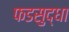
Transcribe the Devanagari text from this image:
फडसुद्धा